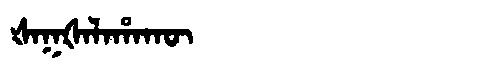
Manchu: ᡧᠠᡴᡧᠠᠯᠠᡥᠠᡴᡡ
Romanization: ŠAKŠALAHAKŪ